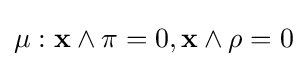
\mu :\mathbf {x} \wedge \pi =0,\mathbf {x} \wedge \rho =0